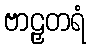
ဗာဠှတရံ